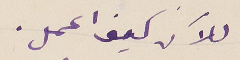
للآن كيف اعمل.